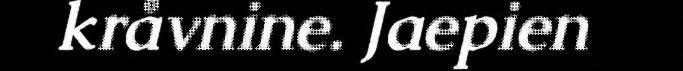
kråvnine. Jaepien